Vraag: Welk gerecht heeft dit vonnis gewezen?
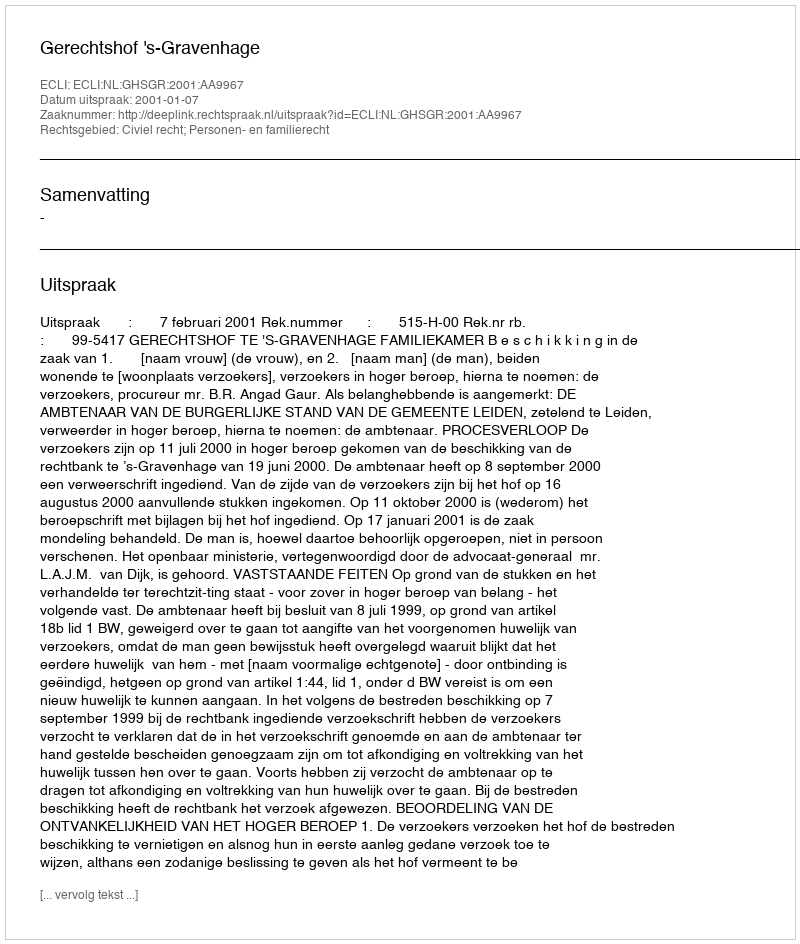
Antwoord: Gerechtshof 's-Gravenhage